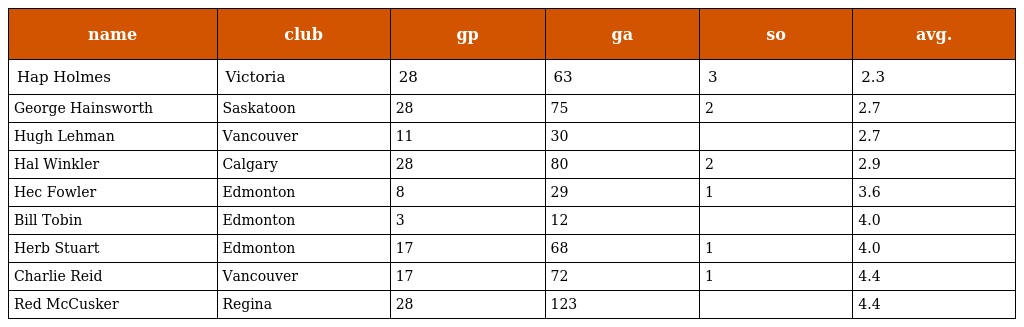
| name | club | gp | ga | so | avg. |
 | --- | --- | --- | --- | --- | --- |
 | Hap Holmes | Victoria | 28 | 63 | 3 | 2.3 |
 | George Hainsworth | Saskatoon | 28 | 75 | 2 | 2.7 |
 | Hugh Lehman | Vancouver | 11 | 30 |  | 2.7 |
 | Hal Winkler | Calgary | 28 | 80 | 2 | 2.9 |
 | Hec Fowler | Edmonton | 8 | 29 | 1 | 3.6 |
 | Bill Tobin | Edmonton | 3 | 12 |  | 4.0 |
 | Herb Stuart | Edmonton | 17 | 68 | 1 | 4.0 |
 | Charlie Reid | Vancouver | 17 | 72 | 1 | 4.4 |
 | Red McCusker | Regina | 28 | 123 |  | 4.4 |